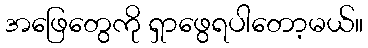
အဖြေတွေကို ရှာဖွေရပါတော့မယ်။